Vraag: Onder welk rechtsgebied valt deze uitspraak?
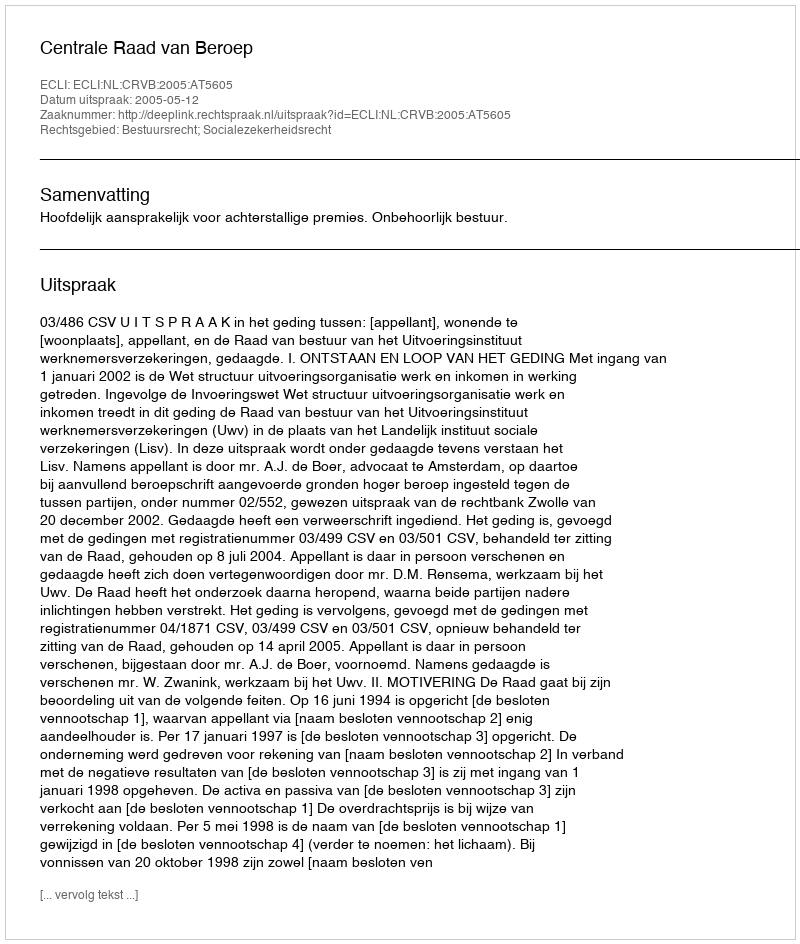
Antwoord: Bestuursrecht; Socialezekerheidsrecht